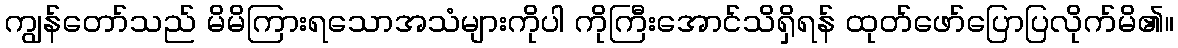
ကျွန်တော်သည် မိမိကြားရသောအသံများကိုပါ ကိုကြီးအောင်သိရှိရန် ထုတ်ဖော်ပြောပြလိုက်မိ၏။